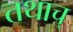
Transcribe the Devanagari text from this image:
तथाच्